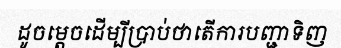
ដូចម្តេចដើម្បីប្រាប់ថាតើការបញ្ជាទិញ